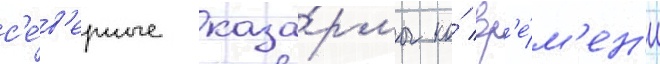
с'е́в'ерные каза́рмы ко́ вр'е́м'ен'и